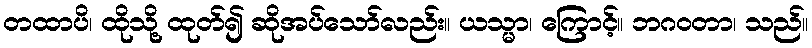
တထာပိ၊ ထိုသို့ ထုတ်၍ ဆိုအပ်သော်လည်း။ ယသ္မာ၊ ကြောင့်။ ဘဂဝတာ၊ သည်။